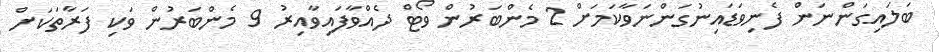
ބަލައިގަންނަން ފެނިވަޑައިނުގަންނަވާކަމަށް 2 މެންބަރުން ވޯޓް ދެއްވާފައިވާއިރު 9 މެންބަރުން ވަކި ފަރާތަކަށް